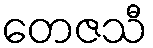
တေဇသီ